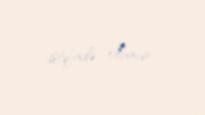
istifadə olunur.